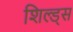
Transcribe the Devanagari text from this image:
शिल्ड्स